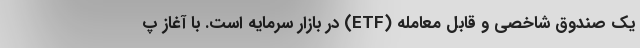
یک صندوق شاخصی و قابل معامله (ETF) در بازار سرمایه است. با آغاز پ